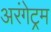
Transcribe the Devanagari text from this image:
अरंगेट्रम